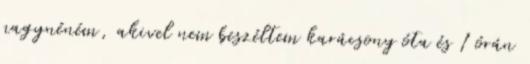
nagynéném, akivel nem beszéltem karácsony óta és 1 órán